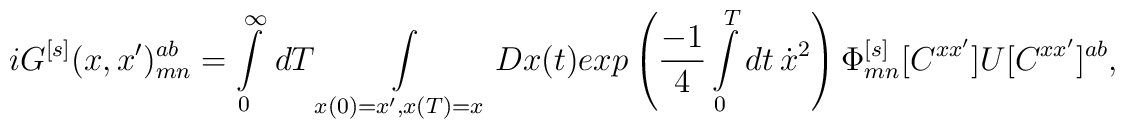
iG^{[s]}(x,x')_{mn}^{ab}=\int\limits_0^\infty\,dT\int\limits_{x(0)=x',x(T)=x}Dx(t) exp\left({-1\over 4}\int\limits_0^Tdt\,\dot{x}^2\right)\Phi^{[s]}_{mn}[C^{xx'}]U[C^{xx'}]^{ab},